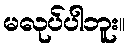
မလုပ်ပါဘူး။